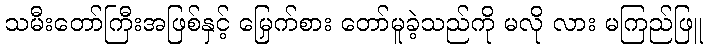
သမီးတော်ကြီးအဖြစ်နှင့် မြှေက်စား တော်မူခဲ့သည်ကို မလို လား မကြည်ဖြူ